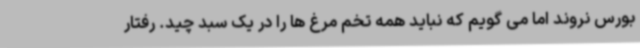
بورس نروند اما می گویم که نباید همه تخم مرغ ها را در یک سبد چید. رفتار